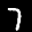
Label: 7